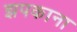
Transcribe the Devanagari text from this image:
झपकाना